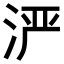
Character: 𬇬